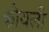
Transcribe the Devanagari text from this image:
कोयलो